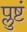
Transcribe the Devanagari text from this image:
प्लुष्टं